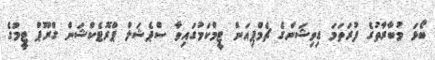
ބޯޅަ މުބާރާތުގެ ފުރަތަމަ ޑިވިޝަންގެ ޗެމްޕިއަން ޓީމްކަމުގައިވާ ސްޕެޝަލް ޕްރޮޓެކްޝަން ގްރޫޕް ޓީމުގެ